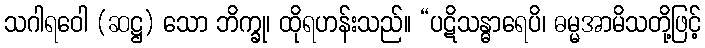
သဂါရဝေါ (ဆဋ္ဌ) သော ဘိက္ခု၊ ထိုရဟန်းသည်။ “ပဋိသန္ဓာရေပိ၊ ဓမ္မအာမိသတို့ဖြင့်